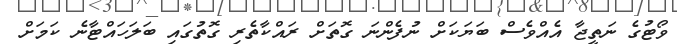
ވޯޓުގެ ނަތީޖާ އެއްވެސް ބަޔަކަށް ނުފެންނަ ގޮތަށް ރައްކާތެރި ގޮތުގައި ބަލަހައްޓާނެ ކަމަށް